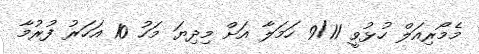
މެމޯރިއަލް ހުޅުވީ 9/11 ހަމަލާ އަށް މިދިޔަ މަހު 10 އަހަރު ފުރުމާ